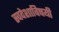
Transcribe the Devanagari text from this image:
स्वदेशाविषयी